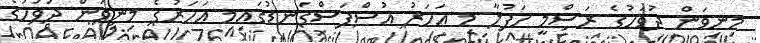
މިނިވަން ދުވަހުގެ ރަސްމީ ހަފުލާ މި އަހަރު އުސްފަސްގަނޑުގައިމި އަހަރުގެ މިނިވަން ދުވަހުގެ